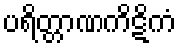
ပရိတ္တာဏကိဋိကံ